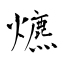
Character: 爊